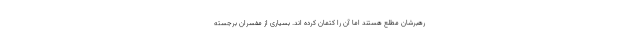
رهبرشان مطلع هستند اما آن را کتمان کرده اند. بسیاری از مفسران برجسته